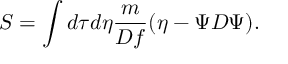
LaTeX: S = \int d \tau d \eta { \frac { m } { { \cal D } f } } ( \eta - \Psi { D } \Psi ) .